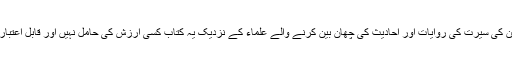
آئمہ طاہرین کی سیرت کی روایات اور احادیث کی چھان بین کرنے والے علماء کے نزدیک یہ کتاب کسی ارزش کی حامل نہیں اور قابل اعتبار نہیں ہے ۔